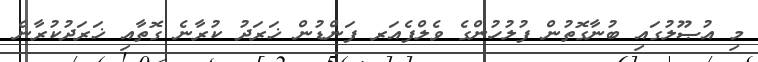
މި އުޞޫލުގައި ބުނާގޮތުން ފުލުހުންގެ ވެލްފެއަރ ފަންޑުން ޚަރަދު ކުރާނެ ގޮތާއި ޚަރަދުކުރާނެ